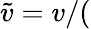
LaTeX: \tilde{v}=v/(